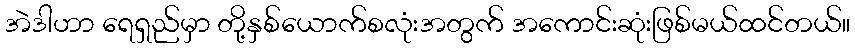
အဲဒါဟာ ရေရှည်မှာ တို့နှစ်ယောက်စလုံးအတွက် အကောင်းဆုံးဖြစ်မယ်ထင်တယ်။